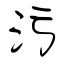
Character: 污